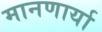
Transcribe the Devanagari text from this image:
मानणार्या